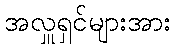
အလှူရှင်များအား